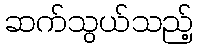
ဆက်သွယ်သည့်